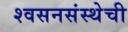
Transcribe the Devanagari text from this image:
श्वसनसंस्थेची